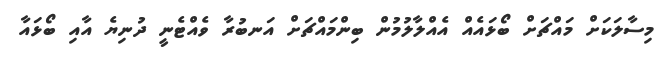
މިސާލަކަށް މައްޗަށް ބޯޅައެއް އެއްލާލުމުން ބިންމައްޗަށް އަނބުރާ ވެއްޓެނީ ދުނިޔެ އާއި ބޯޅައާ